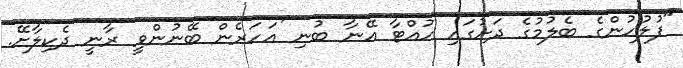
"ފުލުހުންގެ ބެލުމުގެ ދަށުގައި ހުއްޓާ އޭނާ ބުނި 'އަހަރެން ބޭނުންވީ ރާނީ ދެކިލާށޭ.